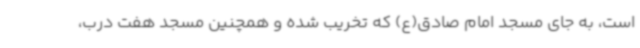
است، به جای مسجد امام صادق(ع) که تخریب شده و همچنین مسجد هفت درب،